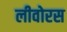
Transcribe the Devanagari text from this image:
लीवोरस